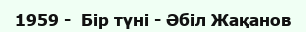
1959 -  Бір түні - Әбіл Жақанов